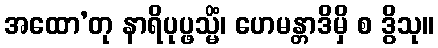
အထော’တု နာရိပုပ္ဖသ္မိံ၊ ဟေမန္တာဒိမှိ စ ဒွိသု။